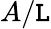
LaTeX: A/\mathtt{L}